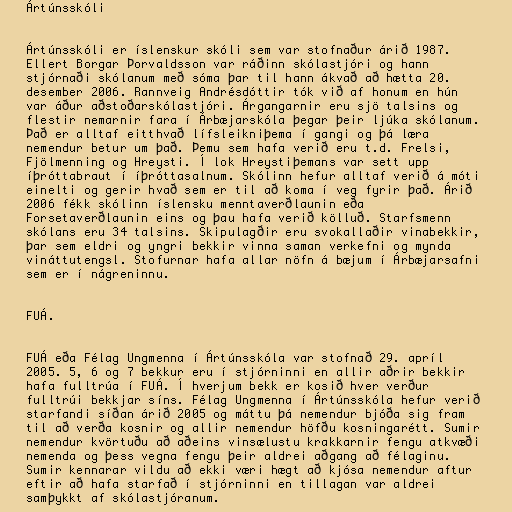
Ártúnsskóli

Ártúnsskóli er íslenskur skóli sem var stofnaður árið 1987.
Ellert Borgar Þorvaldsson var ráðinn skólastjóri og hann
stjórnaði skólanum með sóma þar til hann ákvað að hætta 20.
desember 2006. Rannveig Andrésdóttir tók við af honum en hún
var áður aðstoðarskólastjóri. Árgangarnir eru sjö talsins og
flestir nemarnir fara í Árbæjarskóla þegar þeir ljúka skólanum.
Það er alltaf eitthvað lífsleikniþema í gangi og þá læra
nemendur betur um það. Þemu sem hafa verið eru t.d. Frelsi,
Fjölmenning og Hreysti. Í lok Hreystiþemans var sett upp
íþróttabraut í íþróttasalnum. Skólinn hefur alltaf verið á móti
einelti og gerir hvað sem er til að koma í veg fyrir það. Árið
2006 fékk skólinn íslensku menntaverðlaunin eða
Forsetaverðlaunin eins og þau hafa verið kölluð. Starfsmenn
skólans eru 34 talsins. Skipulagðir eru svokallaðir vinabekkir,
þar sem eldri og yngri bekkir vinna saman verkefni og mynda
vináttutengsl. Stofurnar hafa allar nöfn á bæjum í Árbæjarsafni
sem er í nágreninnu.

FUÁ.

FUÁ eða Félag Ungmenna í Ártúnsskóla var stofnað 29. apríl
2005. 5, 6 og 7 bekkur eru í stjórninni en allir aðrir bekkir
hafa fulltrúa í FUÁ. Í hverjum bekk er kosið hver verður
fulltrúi bekkjar síns. Félag Ungmenna í Ártúnsskóla hefur verið
starfandi síðan árið 2005 og máttu þá nemendur bjóða sig fram
til að verða kosnir og allir nemendur höfðu kosningarétt. Sumir
nemendur kvörtuðu að aðeins vinsælustu krakkarnir fengu atkvæði
nemenda og þess vegna fengu þeir aldrei aðgang að félaginu.
Sumir kennarar vildu að ekki væri hægt að kjósa nemendur aftur
eftir að hafa starfað í stjórninni en tillagan var aldrei
samþykkt af skólastjóranum.